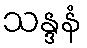
သန္ဒနံ